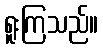
ရူးကြသည်။